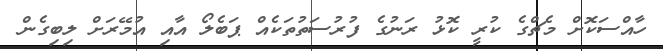
ހާއްސަކޮށް މެޗްގެ ކުރީ ކޮޅު ރަނުގެ ފުރުސަތުތަކެއް ޕަބެލޯ އާއި އުމޭރަށް ލިބިގެން